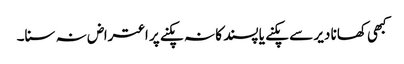
کبھی کھانا دیر سے پکنے یا پسند کا نہ پکنے پر اعتراض نہ سنا۔